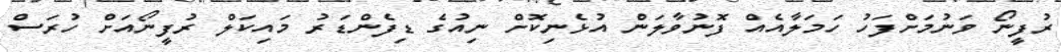
ރުފީނޯ ވަނުމަށްފަހު ހަމަލާއެއް ފޮނުވާލަން އުޅެނިކޮށް ނިއުގެ ޑިފެންޑަރު މައިކަލް ރުފީނޯއަށް ހުރަސް